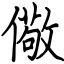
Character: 儆